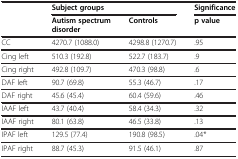
<table><thead><tr><td><b> </b></td><td colspan="2"><b>Subject groups</b></td><td><b>Significance</b></td></tr><tr><td><b> </b></td><td><b>Autism spectrum disorder</b></td><td><b>Controls</b></td><td><b>p value</b></td></tr></thead><tbody><tr><td>CC</td><td>4270.7 (1088.0)</td><td>4298.8 (1270.7)</td><td>.95</td></tr><tr><td>Cing left</td><td>510.3 (192.8)</td><td>522.7 (183.7)</td><td>.9</td></tr><tr><td>Cing right</td><td>492.8 (109.7)</td><td>470.3 (98.8)</td><td>.6</td></tr><tr><td>DAF left</td><td>90.7 (69.8)</td><td>55.3 (46.7)</td><td>.17</td></tr><tr><td>DAF right</td><td>45.6 (45.4)</td><td>60.4 (59.6)</td><td>.46</td></tr><tr><td>IAAF left</td><td>43.7 (40.4)</td><td>58.4 (34.3)</td><td>.32</td></tr><tr><td>IAAF right</td><td>80.1 (63.8)</td><td>46.5 (33.8)</td><td>.13</td></tr><tr><td>IPAF left</td><td>129.5 (77.4)</td><td>190.8 (98.5)</td><td>.04*</td></tr><tr><td>IPAF right</td><td>88.7 (45.3)</td><td>91.5 (46.1)</td><td>.87</td></tr></tbody></table>